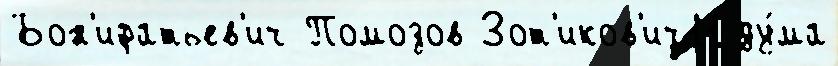
Бон'ифатьев'ич Помозов Зот'иков'ич11 ду́ма